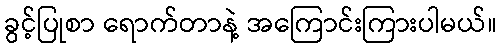
ခွင့်ပြုစာ ရောက်တာနဲ့ အကြောင်းကြားပါမယ်။